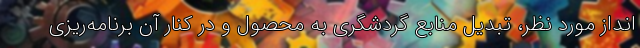
انداز مورد نظر، تبدیل منابع گردشگری به محصول و در کنار آن برنامه‌ریزی